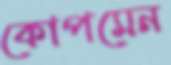
কোপমেন